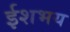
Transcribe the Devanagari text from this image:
ईशभय